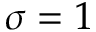
\sigma = 1